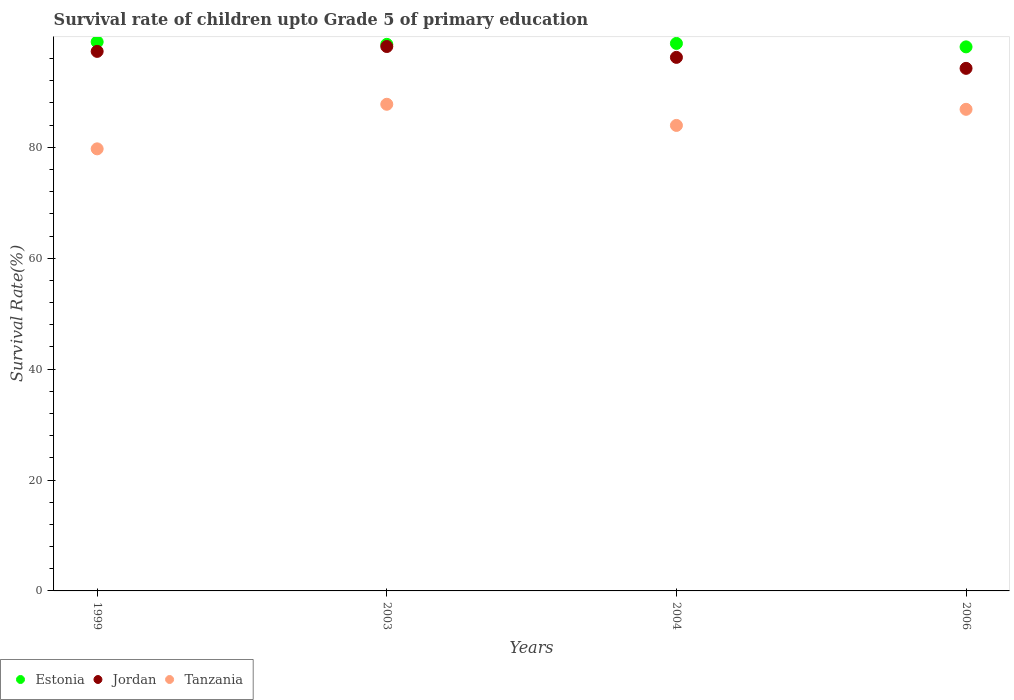
| Years | Estonia | Jordan | Tanzania |
 | --- | --- | --- | --- |
 | 1999 | 99 | 97.3 | 79.7 |
 | 2003 | 98.6 | 98.2 | 87.8 |
 | 2004 | 98.7 | 96.2 | 84 |
 | 2006 | 98.1 | 94.2 | 86.9 |